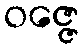
ဝဇ္ဇေ